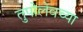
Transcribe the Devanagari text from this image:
तुपोलेवच्या